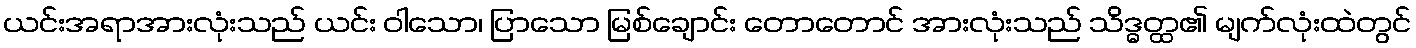
ယင်းအရာအားလုံးသည် ယင်း ဝါသော၊ ပြာသော မြစ်ချောင်း တောတောင် အားလုံးသည် သိဒ္ဓတ္ထ၏ မျက်လုံးထဲတွင်